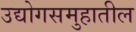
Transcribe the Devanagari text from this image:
उद्योगसमुहातील